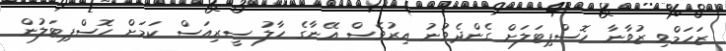
ޒަހަމްވި ޒުވާނާ ހޮސްޕިޓަލަށް ގެންދެވުނު އިރުވެސް އޭނާގެ ހާލު ސީރިއަސް ކަމަށް ހޮސްޕިޓަލުން